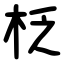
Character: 柉